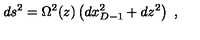
d s ^ { 2 } = \Omega ^ { 2 } ( z ) \left( d x _ { D - 1 } ^ { 2 } + d z ^ { 2 } \right) \ ,